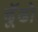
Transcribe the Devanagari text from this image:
ढॅूढो